Vaccination North-Western Provinces and Oudh 1878-1895 - 1878-1895
Year: 1878
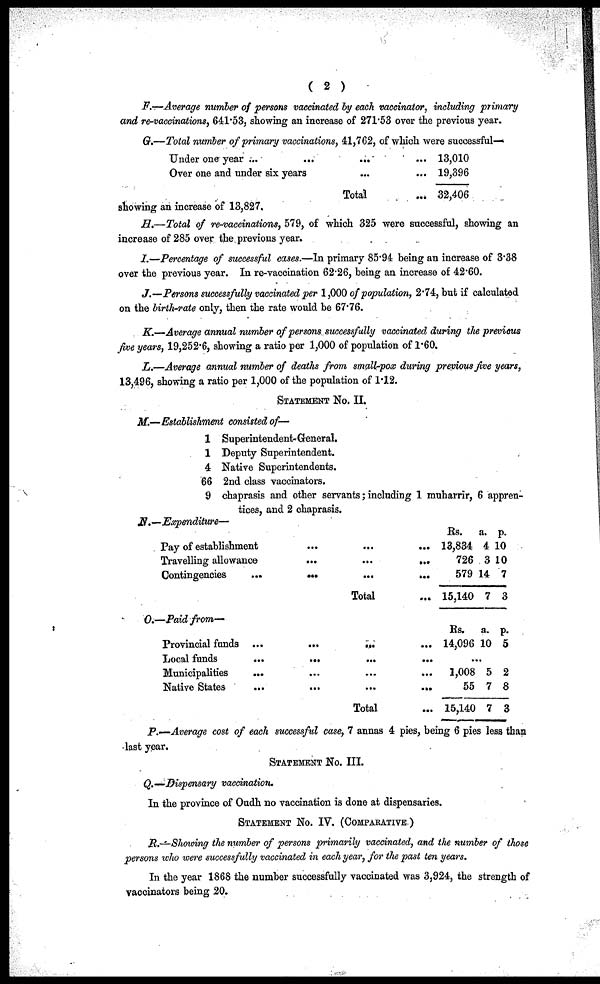
( 2 )
F.—Average number of persons vaccinated by each vaccinator, including primary
and re-vaccinations, 641.53, showing an increase of 271.53 over the previous year.
G.—Total number of primary vaccinations, 41,762, of which were successful—
Under one year ...
...
... ...
Over one and under six years ...
Total ...
13,010
19,396
32,406
showing an increase of 13,827.
H.—Total of re-vaccinations, 579, of which 325 were successful, showing an
increase of 285 over the previous year.
I.—Percentage of successful cases.—In primary 85.94 being an increase of 3.38
over the previous year. In re-vaccination 62.26, being an increase of 42.60.
J.—Persons successfully vaccinated per 1,000 of population, 2.74, but if calculated
on the birth-rate only, then the rate would be 67.76.
K.—Average annual number of persons successfully vaccinated during the previous
five years, 19,252.6, showing a ratio per 1,000 of population of 1.60.
L.—Average annual number of deaths from small-pox during previous five years,
13,496, showing a ratio per 1,000 of the population of 1.12.
STATEMENT No. II.
M.—Establishment consisted of—
1 Superintendent-General.
1 Deputy Superintendent.
4 Native Superintendents.
66 2nd class vaccinators.
9 chaprasis and other servants; including 1 muharrir, 6 appren-
tices, and 2 chaprasis.
N.—Expenditure—
Pay of establishment ... ... ...
Travelling allowance
...
...
...
Contingencies
...
...
...
...
Total ...
Rs.
13,834
726
579
15,140
a.
4
3
14
7
p.
10
10
7
3
O.—Paid from—
Provincial funds ...
...
... ...
Local funds
...
...
...
...
Municipalities
... ... ... ...
Native States
...
...
...
...
Total ...
Rs.
14,096
...
1,008
55
15,140
a.
10
5
7
7
p.
5
2
8
3
P.—Average cost of each successful case, 7 annas 4 pies, being 6 pies less than
last year.
STATEMENT No. III.
Q.—Dispensary vaccination.
In the province of Oudh no vaccination is done at dispensaries.
STATEMENT No. IV. (COMPARATIVE.)
R.—Showing the number of persons primarily vaccinated, and the number of those
persons who were successfully vaccinated in each year, for the past ten years.
In the year 1868 the number successfully vaccinated was 3,924, the strength of
vaccinators being 20.